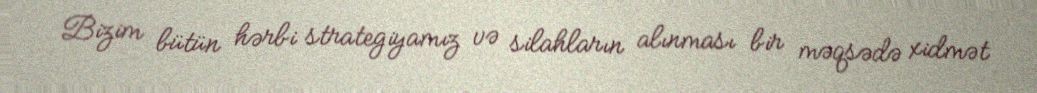
Bizim bütün hərbi strategiyamız və silahların alınması bir məqsədə xidmət